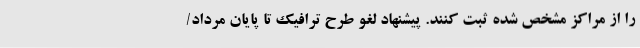
را از مراکز مشخص شده ثبت کنند. پیشنهاد لغو طرح ترافیک تا پایان مرداد/